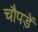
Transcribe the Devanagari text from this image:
चौपड़ें